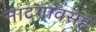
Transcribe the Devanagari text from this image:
नांदगावसह